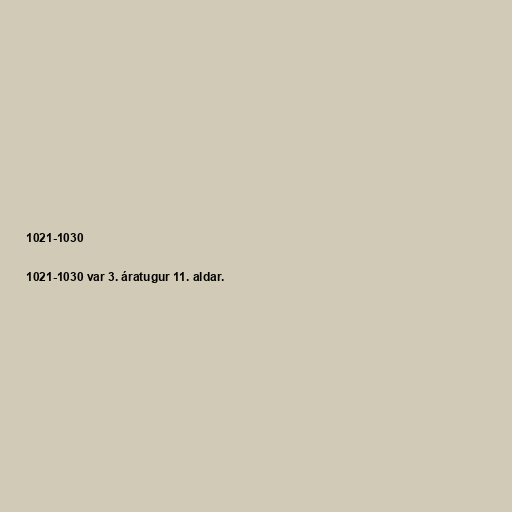
1021-1030

1021-1030 var 3. áratugur 11. aldar.